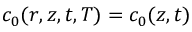
c _ { 0 } ( r , z , t , T ) = c _ { 0 } ( z , t )